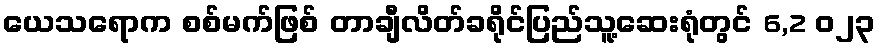
ယေသရောက စစ်မက်ဖြစ် တာချီလိတ်ခရိုင်ပြည်သူ့ဆေးရုံတွင် 6,2 ၀၂၃